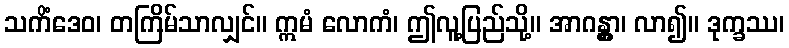
သကိံဒေဝ၊ တကြိမ်သာလျှင်။ ဣမံ လောကံ၊ ဤလူ့ပြည်သို့။ အာဂန္တွာ၊ လာ၍။ ဒုက္ခဿ၊